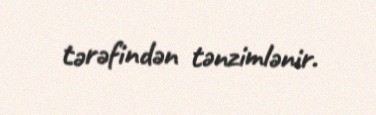
tərəfindən tənzimlənir.